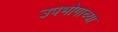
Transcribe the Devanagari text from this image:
उपभोगाच्या